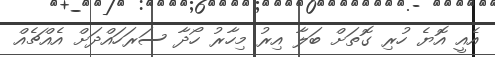
އެއީ އޮޔެ ހުރި ގޮތަށް ބަލާ އިރު މިހާރު ހޯދާ ސަރަަހައްދަށް އެއްޗެއް